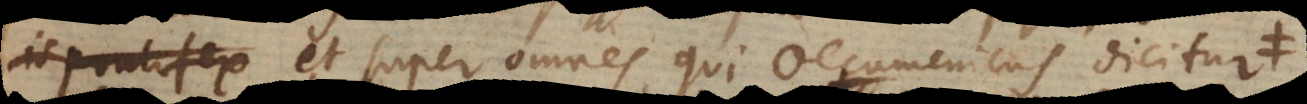
is pontifex super omnes qui oecumenicus dicitur